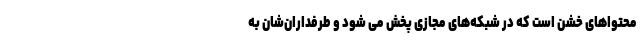
محتواهای خشن است که در شبکه‌های مجازی پخش می شود و طرفداران‌شان به